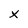
Character: x